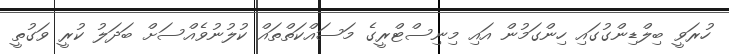
ހުރަވީ ބިލްޑިންގުގައި ހިންގަމުން އައި މިނިސްޓްރީގެ މަސައްކަތްތައް ކުލުނުވެއްސަށް ބަދަލު ކުރީ ވަގުތީ